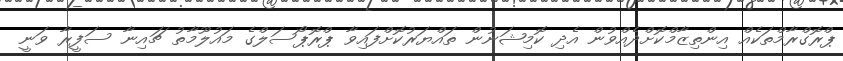
ޕްރޮގްރާމްތަކެއް އިންތިޒާމްކޮށްދެއްވުން އެދި ކޮމިޝަނުން ތައްޔަރުކޮށްފައިވާ ޕްރޮޕޯސަލްގެ މައުލޫމާތު ޗައިނާ ސަފީރާ ވަނީ